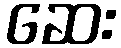
ဆေး